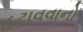
હટાવવાનો